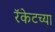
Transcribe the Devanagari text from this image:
रॅकेटच्या